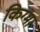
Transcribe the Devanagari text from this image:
किग्मा